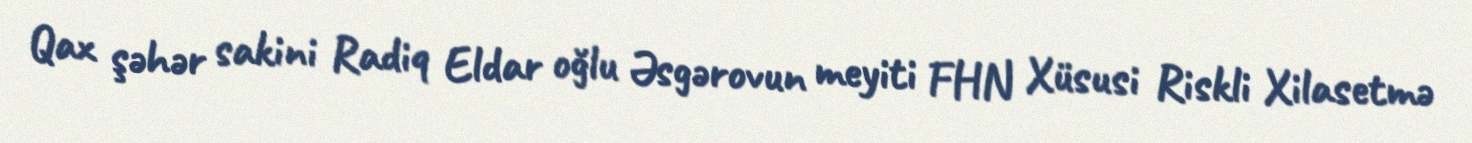
Qax şəhər sakini Radiq Eldar oğlu Əsgərovun meyiti FHN Xüsusi Riskli Xilasetmə